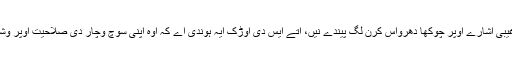
پر کدی کدار چیلے غیبی اشارے اوپر چوکھا دھرواس کرن لگ پیندے نیں، اتے ایس دی اوڑک ایہ ہوندی اے کہ اوہ اپنی سوچ وچار دی صلاحیت اوپر وشواس چھڈ دیندے نیں۔